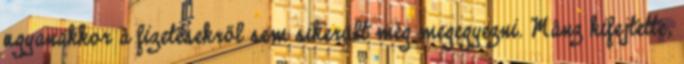
ugyanakkor a fizetésekről sem sikerült még megegyezni. Mânz kifejtette,